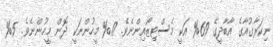
ނިކަރާގުއާގެ އާބާދީގެ 69% އަކީ މެސްޓިޒޯއިންނެވެ. 17% މީހުންނަކީ ދޮން މީހުންނެވެ. 5%